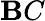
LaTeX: \mathbf{B}C